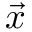
\vec { x }